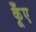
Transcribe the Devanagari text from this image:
कूँए